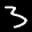
Label: 3